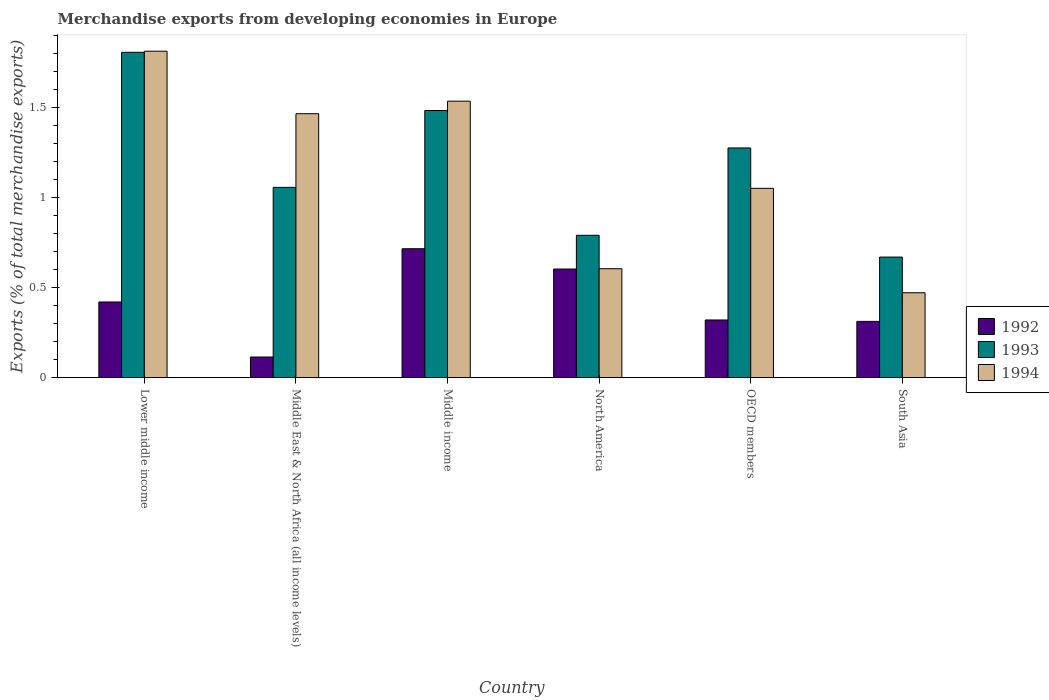
| Country | 1992 | 1993 | 1994 |
 | --- | --- | --- | --- |
 | Lower middle income | 0.421 | 1.81 | 1.81 |
 | Middle East & North Africa (all income levels) | 0.115 | 1.06 | 1.47 |
 | Middle income | 0.717 | 1.48 | 1.54 |
 | North America | 0.604 | 0.791 | 0.605 |
 | OECD members | 0.321 | 1.28 | 1.05 |
 | South Asia | 0.313 | 0.67 | 0.472 |